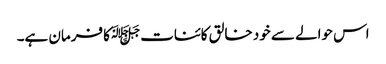
اس حوالے سے خود خالق کائنات ﷻکا فرمان ہے۔